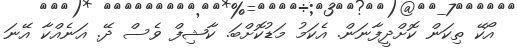
އޯކޭ ތިކަން ކޮށްދީފާނަން. އެކަމު މަޑުކޮށްބަ. ކާޝިފް ވެސް ދޭ. އަނެއްކާ އޭނަ